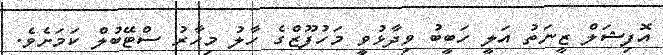
އޮފިޝަލް ޒީނަތު އަލީ ހަބީބު ވިދާޅުވީ މަހުފޫޒްގެ ހާލު މިހާރު ސްޓޭބުލް ކަމަށެވެ.